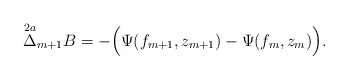
\begin{align*} \overset{2a}{\Delta}_{m+1}B=-\Big(\Psi(f_{m+1},z_{m+1})-\Psi(f_m,z_m)\Big).\end{align*}